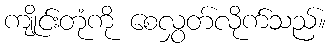
ကျိုင်းတုံကို စေလွှတ်လိုက်သည်။